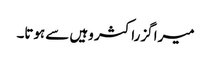
میرا گزراکثر وہیں سے ہوتا۔